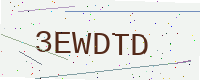
Text: 3EWDTD